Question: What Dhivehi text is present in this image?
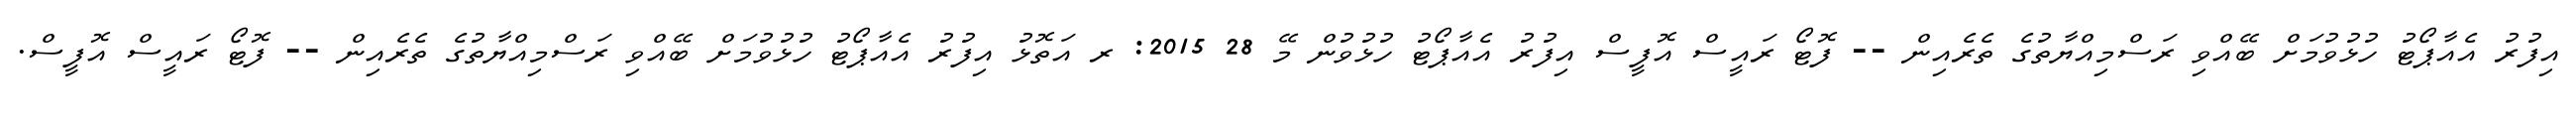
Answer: އިފުރު އެއާޕޯޓު ހުޅުވުމަށް ބޭއްވި ރަސްމިއްޔާތުގެ ތެރެއިން -- ފޮޓޯ ރައީސް އޮފީސް އިފުރު އެއާޕޯޓު ހުޅުވުން މޭ 28 2015: ރ އަތޮޅު އިފުރު އެއާޕޯޓު ހުޅުވުމަށް ބޭއްވި ރަސްމިއްޔާތުގެ ތެރެއިން -- ފޮޓޯ ރައީސް އޮފީސް.